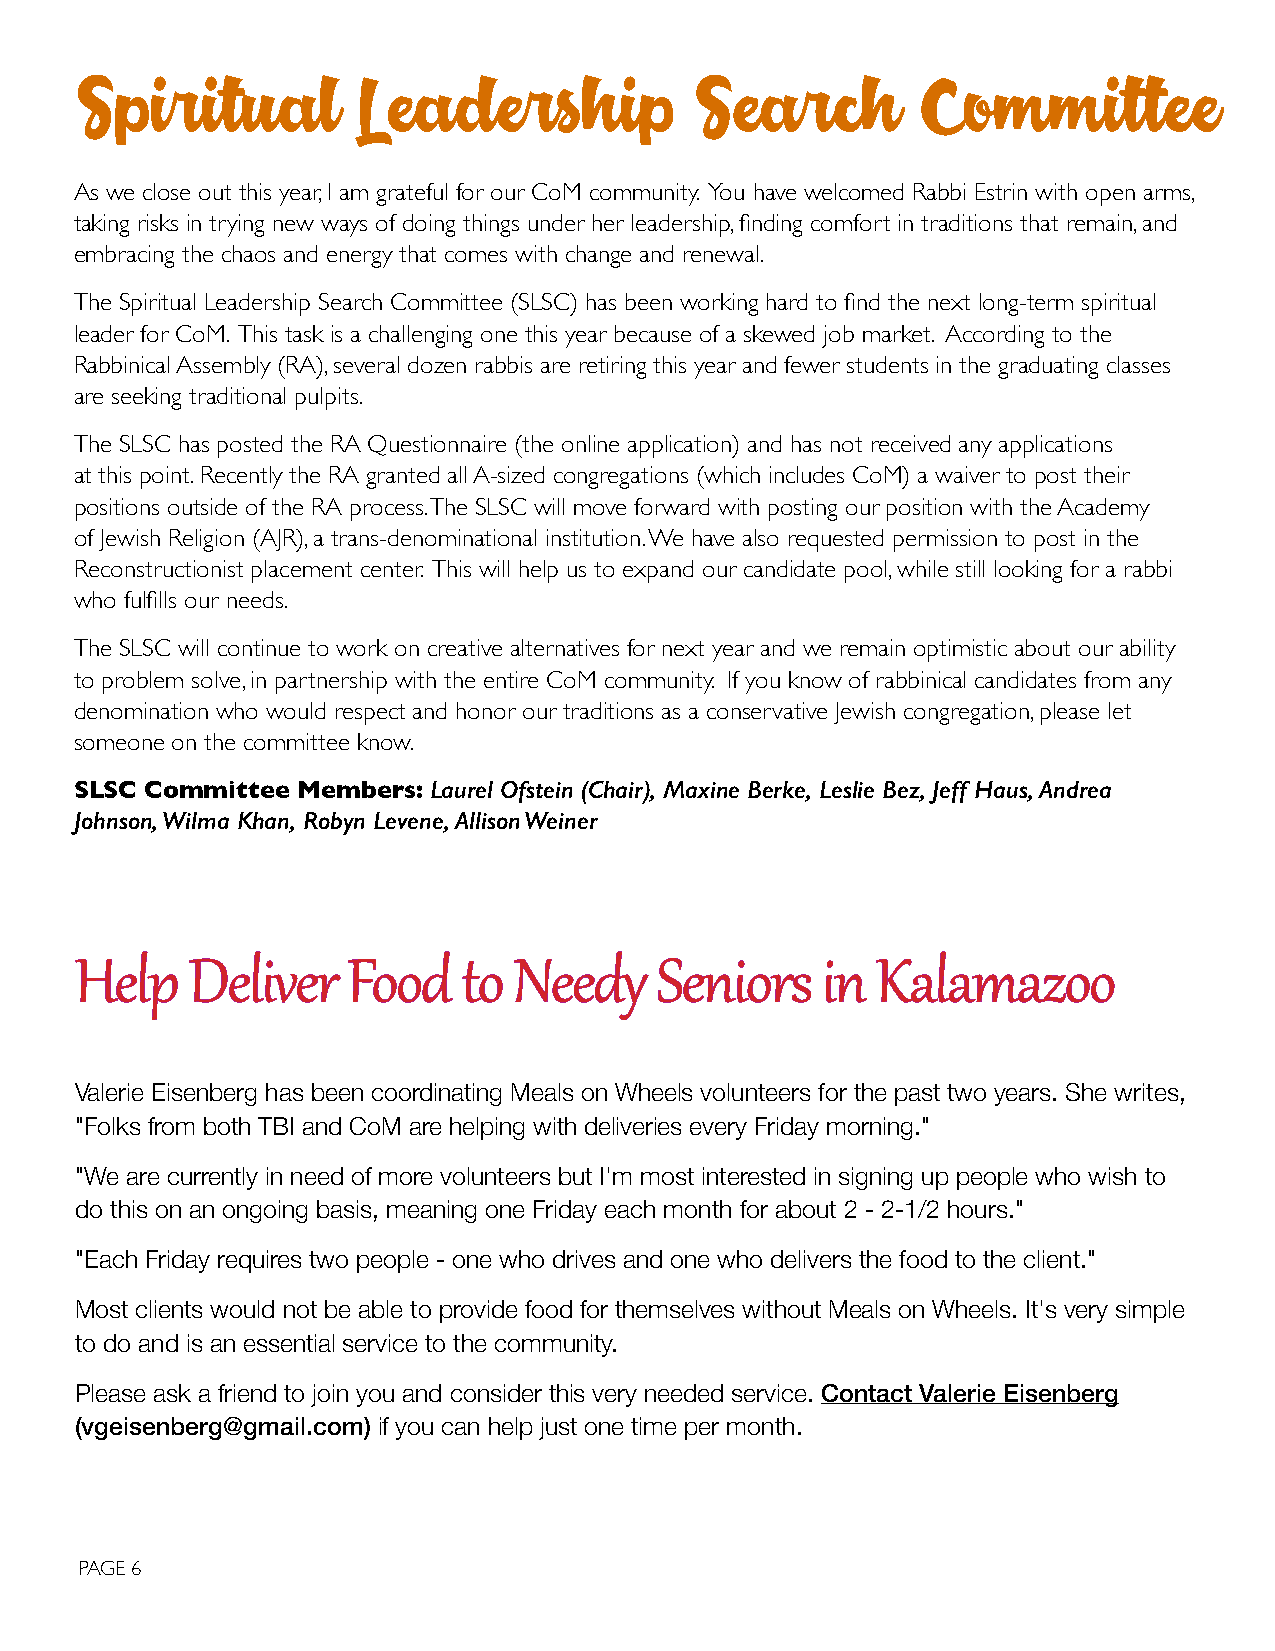
Spiritual          Leadership            Search         Committee
 As we close out this year, I am grateful for our CoM community. You have welcomed Rabbi Estrin with open arms,
 taking risks in trying new ways of doing things under her leadership, finding comfort in traditions that remain, and
 embracing the chaos and energy that comes with change and renewal.
 The Spiritual Leadership Search Committee (SLSC) has been working hard to find the next long-term spiritual
 leader for CoM. This task is a challenging one this year because of a skewed job market. According to the
 Rabbinical Assembly (RA), several dozen rabbis are retiring this year and fewer students in the graduating classes
 are seeking traditional pulpits.
 The SLSC has posted the RA Questionnaire (the online application) and has not received any applications
 at this point. Recently the RA granted all A-sized congregations (which includes CoM) a waiver to post their
 positions outside of the RA process. The SLSC will move forward with posting our position with the Academy
 of Jewish Religion (AJR), a trans-denominational institution. We have also requested permission to post in the
 Reconstructionist placement center. This will help us to expand our candidate pool, while still looking for a rabbi
 who fulfills our needs.
 The SLSC will continue to work on creative alternatives for next year and we remain optimistic about our ability
 to problem solve, in partnership with the entire CoM community. If you know of rabbinical candidates from any
 denomination who would respect and honor our traditions as a conservative Jewish congregation, please let
 someone on the committee know.
 SLSC Committee Members: Laurel Ofstein (Chair), Maxine Berke, Leslie Bez, Jeff Haus, Andrea
 Johnson, Wilma Khan, Robyn Levene, Allison Weiner
 HHeellpp DDeelliivveerr FFoooodd ttoo NNeeeeddyy SSeenniioorrss iinn KKaallaammaazzoooo
 Valerie Eisenberg has been coordinating Meals on Wheels volunteers for the past two years. She writes,
 "Folks from both TBI and CoM are helping with deliveries every Friday morning."
 "We are currently in need of more volunteers but I'm most interested in signing up people who wish to
 do this on an ongoing basis, meaning one Friday each month for about 2 - 2-1/2 hours."
 "Each Friday requires two people - one who drives and one who delivers the food to the client."
 Most clients would not be able to provide food for themselves without Meals on Wheels. It's very simple
 to do and is an essential service to the community.
 Please ask a friend to join you and consider this very needed service. Contact Valerie Eisenberg
 (vgeisenberg@gmail.com) if you can help just one time per month.
 PAGE 6